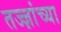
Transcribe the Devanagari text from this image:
तज्ज्ञांच्‍या